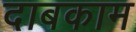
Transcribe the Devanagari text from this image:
दाबकाम